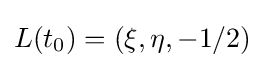
L(t_{0})=(\xi ,\eta ,-1/2)